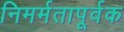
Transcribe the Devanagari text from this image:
निमर्मतापूर्वक